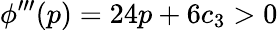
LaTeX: \phi^{\prime\prime\prime}(p)=24p+6c_{3}>0